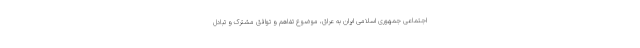
اجتماعی جمهوری اسلامی ایران به عراق، موضوع تفاهم و توافق مشترک و تبادل